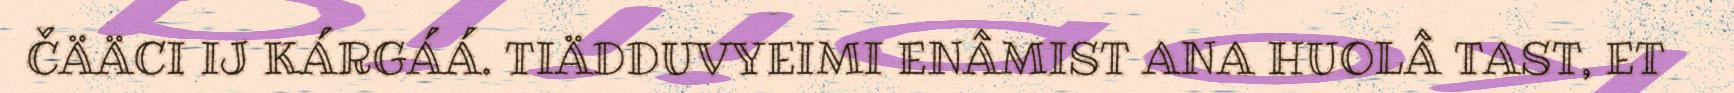
ČÄÄCI IJ KÁRGÁÁ. TIÄDDUVYEIMI ENÂMIST ANA HUOLÂ TAST, ET